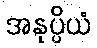
အနုပ္ပိယံ